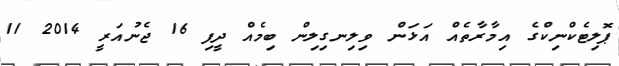
ޕޮލިޓެކްނިކްގެ އިމާރާތެއް އަޅަން ވިލިނގިލިން ބިމެއް ދީފި 16 ޖެނުއަރީ 2014 11